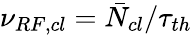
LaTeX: \nu_{RF,cl}=\bar{N}_{cl}/\tau_{th}